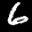
Label: 6